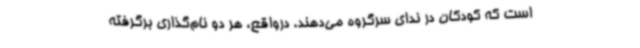
است که کودکان در ندای سرگروه می‌دهند. درواقع، هر دو نام‌گذاری برگرفته